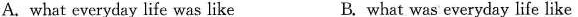
A. what everyday life was like B. what was everyday life like